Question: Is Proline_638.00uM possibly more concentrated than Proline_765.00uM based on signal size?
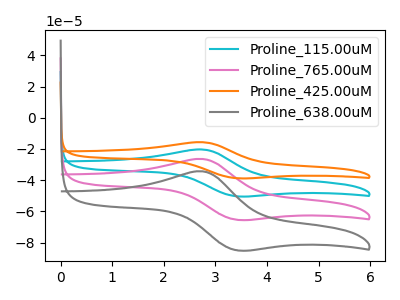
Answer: <think>The cyan curve "Proline_115.00uM" has an anodic peak at (2.75V, -52.85uA) and a cathodic peak at (3.45V, -130.75uA). The pink curve "Proline_765.00uM" has an anodic peak at (2.75V, -26.45uA) and a cathodic peak at (3.45V, -65.40uA). The orange curve "Proline_425.00uM" has an anodic peak at (2.75V, -79.30uA) and a cathodic peak at (3.45V, -196.15uA). The gray curve "Proline_638.00uM" has an anodic peak at (2.75V, -34.35uA) and a cathodic peak at (3.45V, -84.95uA).
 All the peaks in "Proline_638.00uM" have a peak in "Proline_765.00uM" at the same potential.</think>
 <answer>I cant tell if "Proline_638.00uM" or "Proline_765.00uM" has more signal.</answer>
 <eval>mixed_signal</eval>